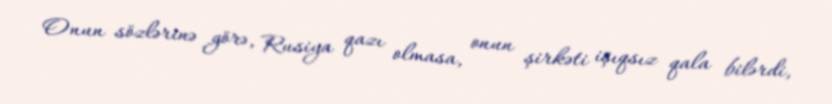
Onun sözlərinə görə, Rusiya qazı olmasa, onun şirkəti işıqsız qala bilərdi,